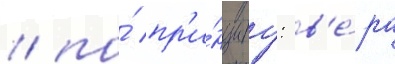
/ по́ пр'и́нципу: в'е́ра